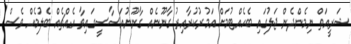
ޝަރީއަތް ނިމެންދެން ޖަލުގައި ބެހެއްޓުމަށް އަމުރުކުރާއިރު ގާނޫނެއް ގާނޫނުއަސާސީގައިވާ އެއްޗެއް ބެލުމެއް ވެސް